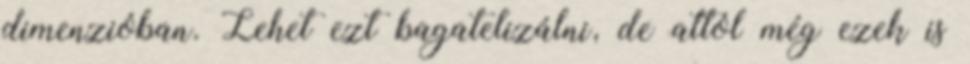
dimenzióban. Lehet ezt bagatelizálni, de attól még ezek is